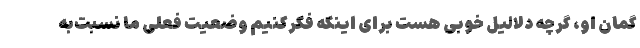
گمان او، گرچه دلالیل خوبی هست برای اینکه فکرکنیم وضعیت فعلی ما نسبت‌به